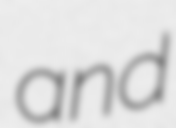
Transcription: and